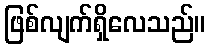
ဖြစ်လျက်ရှိလေသည်။